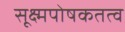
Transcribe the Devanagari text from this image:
सूक्ष्मपोषकतत्व